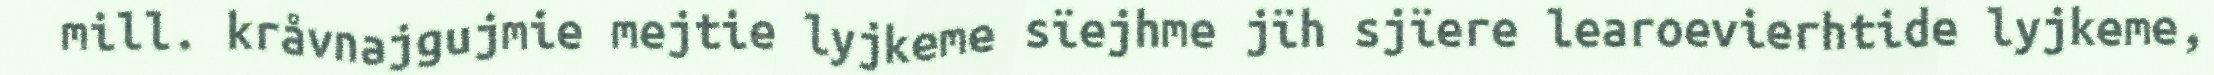
mill. kråvnajgujmie mejtie lyjkeme sïejhme jïh sjïere learoevierhtide lyjkeme,